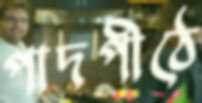
পাদপীঠে